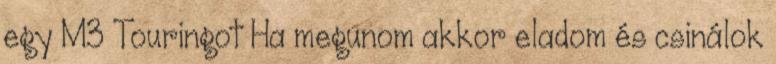
egy M3 Touringot Ha megunom akkor eladom és csinálok